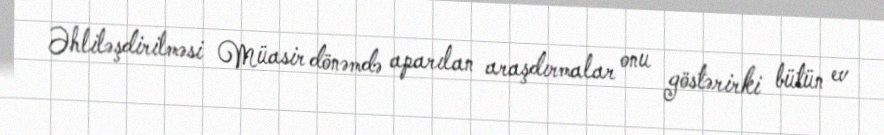
Əhliləşdirilməsi Müasir dönəmdə aparılan araşdırmalar onu göstərirki bütün ev